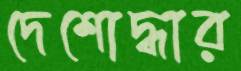
দেশোদ্ধার